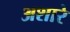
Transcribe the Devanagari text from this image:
अशारे